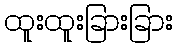
ထူးထူးခြားခြား